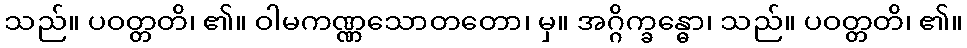
သည်။ ပဝတ္တတိ၊ ၏။ ဝါမကဏ္ဏသောတတော၊ မှ။ အဂ္ဂိက္ခန္ဓော၊ သည်။ ပဝတ္တတိ၊ ၏။